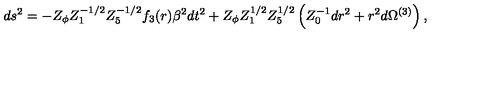
d s ^ { 2 } = - Z _ { \phi } Z _ { 1 } ^ { - 1 / 2 } Z _ { 5 } ^ { - 1 / 2 } f _ { 3 } ( r ) \beta ^ { 2 } d t ^ { 2 } + Z _ { \phi } Z _ { 1 } ^ { 1 / 2 } Z _ { 5 } ^ { 1 / 2 } \left( Z _ { 0 } ^ { - 1 } d r ^ { 2 } + r ^ { 2 } d \Omega ^ { ( 3 ) } \right) ,